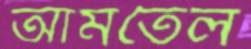
আমতৈল